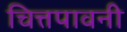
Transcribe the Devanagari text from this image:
चित्तपावनी